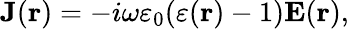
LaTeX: {\mathbf J}({\mathbf r})=-i\omega\varepsilon_{0}(\varepsilon({\mathbf r})-1){\mathbf E}({\mathbf r}),